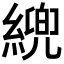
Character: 𦄓